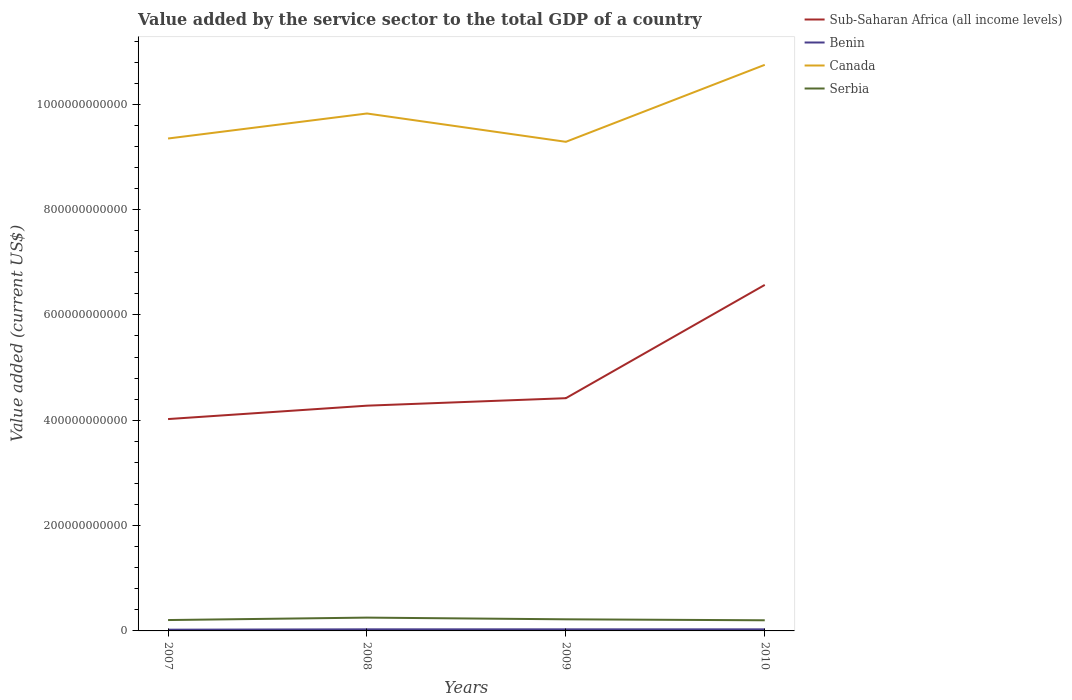
| Years | Sub-Saharan Africa (all income levels) | Benin | Canada | Serbia |
 | --- | --- | --- | --- | --- |
 | 2007 | 4.02e+11 | 2.35e+09 | 9.35e+11 | 2.06e+10 |
 | 2008 | 4.28e+11 | 3.01e+09 | 9.82e+11 | 2.53e+10 |
 | 2009 | 4.42e+11 | 3.02e+09 | 9.29e+11 | 2.2e+10 |
 | 2010 | 6.57e+11 | 3.01e+09 | 1.07e+12 | 2.02e+10 |